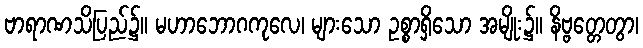
ဗာရာဏသိပြည်၌။ မဟာဘောဂကုလေ၊ များသော ဥစ္စာရှိသော အမျိုး၌။ နိဗ္ဗတ္တေတွာ၊